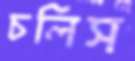
চলিস